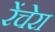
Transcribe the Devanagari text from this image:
रेंचेरा